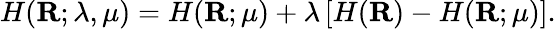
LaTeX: H(\mathbf{R};\lambda,\mu)=H(\mathbf{R};\mu)+\lambda\left[H(\mathbf{R})-H(\mathbf{R};\mu)\right].